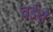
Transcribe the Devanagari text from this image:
चईये